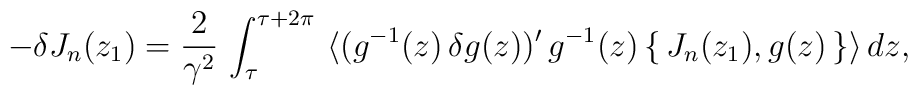
-\delta J_n(z_1)=\frac{2}{\gamma^2}\,\int_\tau^{\tau +2\pi}\,\, \langle(g^{-1}(z)\,\delta g(z))'\,g^{-1}(z)\,\{\,J_n(z_1), g(z)\,\}\rangle\,dz,